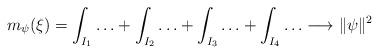
LaTeX: \begin{align*}m_\psi(\xi) = \int_{I_1}\ldots + \int_{I_2}\ldots + \int_{I_3}\ldots + \int_{I_4}\ldots \longrightarrow \|\psi\|^2\end{align*}